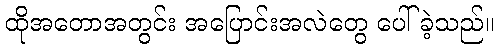
ထိုအတောအတွင်း အပြောင်းအလဲတွေ ပေါ်ခဲ့သည်။